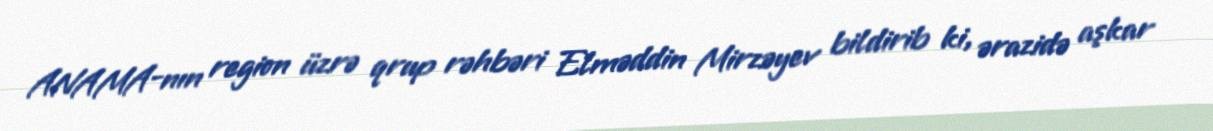
ANAMA-nın region üzrə qrup rəhbəri Elməddin Mirzəyev bildirib ki, ərazidə aşkar